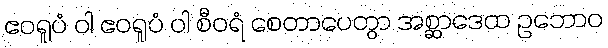
ဧဝရူပံ ဝါ ဧဝရူပံ ဝါ စီဝရံ စေတာပေတွာ အစ္ဆာဒေထ ဥဘောဝ